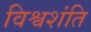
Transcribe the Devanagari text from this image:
विश्वशंति